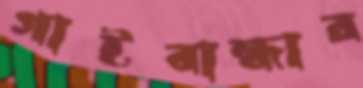
গাইবান্ধার